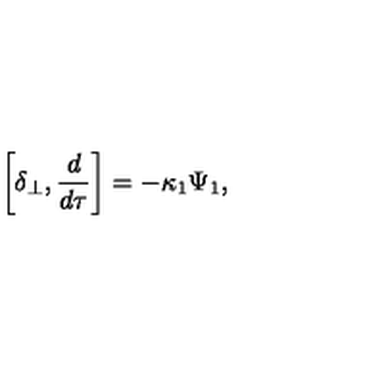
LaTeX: \left[ \delta _ { \perp } , { \frac { d } { d \tau } } \right] = - \kappa _ { 1 } \Psi _ { 1 } ,